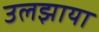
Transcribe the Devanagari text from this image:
उलझाया